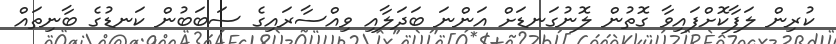
ކުރިން ލަފާކޮށްފައިވާ ގޮތުން ލޮނުގަނޑަށް އަންނަ ބަދަލާއި ވިއްސާރައިގެ ސަބަބުން ކަނޑުގެ ބާނިތައް